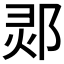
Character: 𲆔